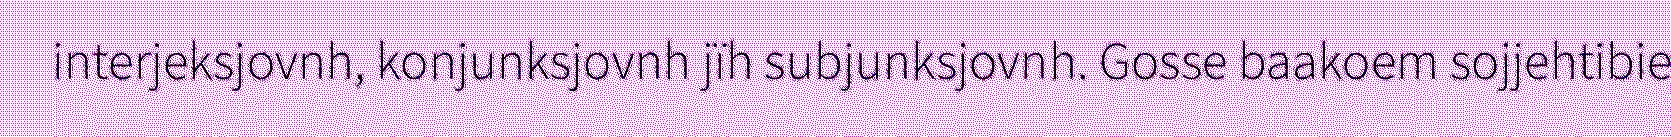
interjeksjovnh, konjunksjovnh jïh subjunksjovnh. Gosse baakoem sojjehtibie